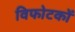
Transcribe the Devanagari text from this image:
विफोटकों